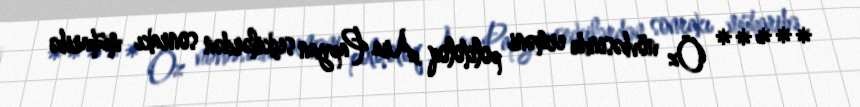
***** Öz növbəsində erməni politoloq Ara Papyan seçkilərdən sonrakı müharibə